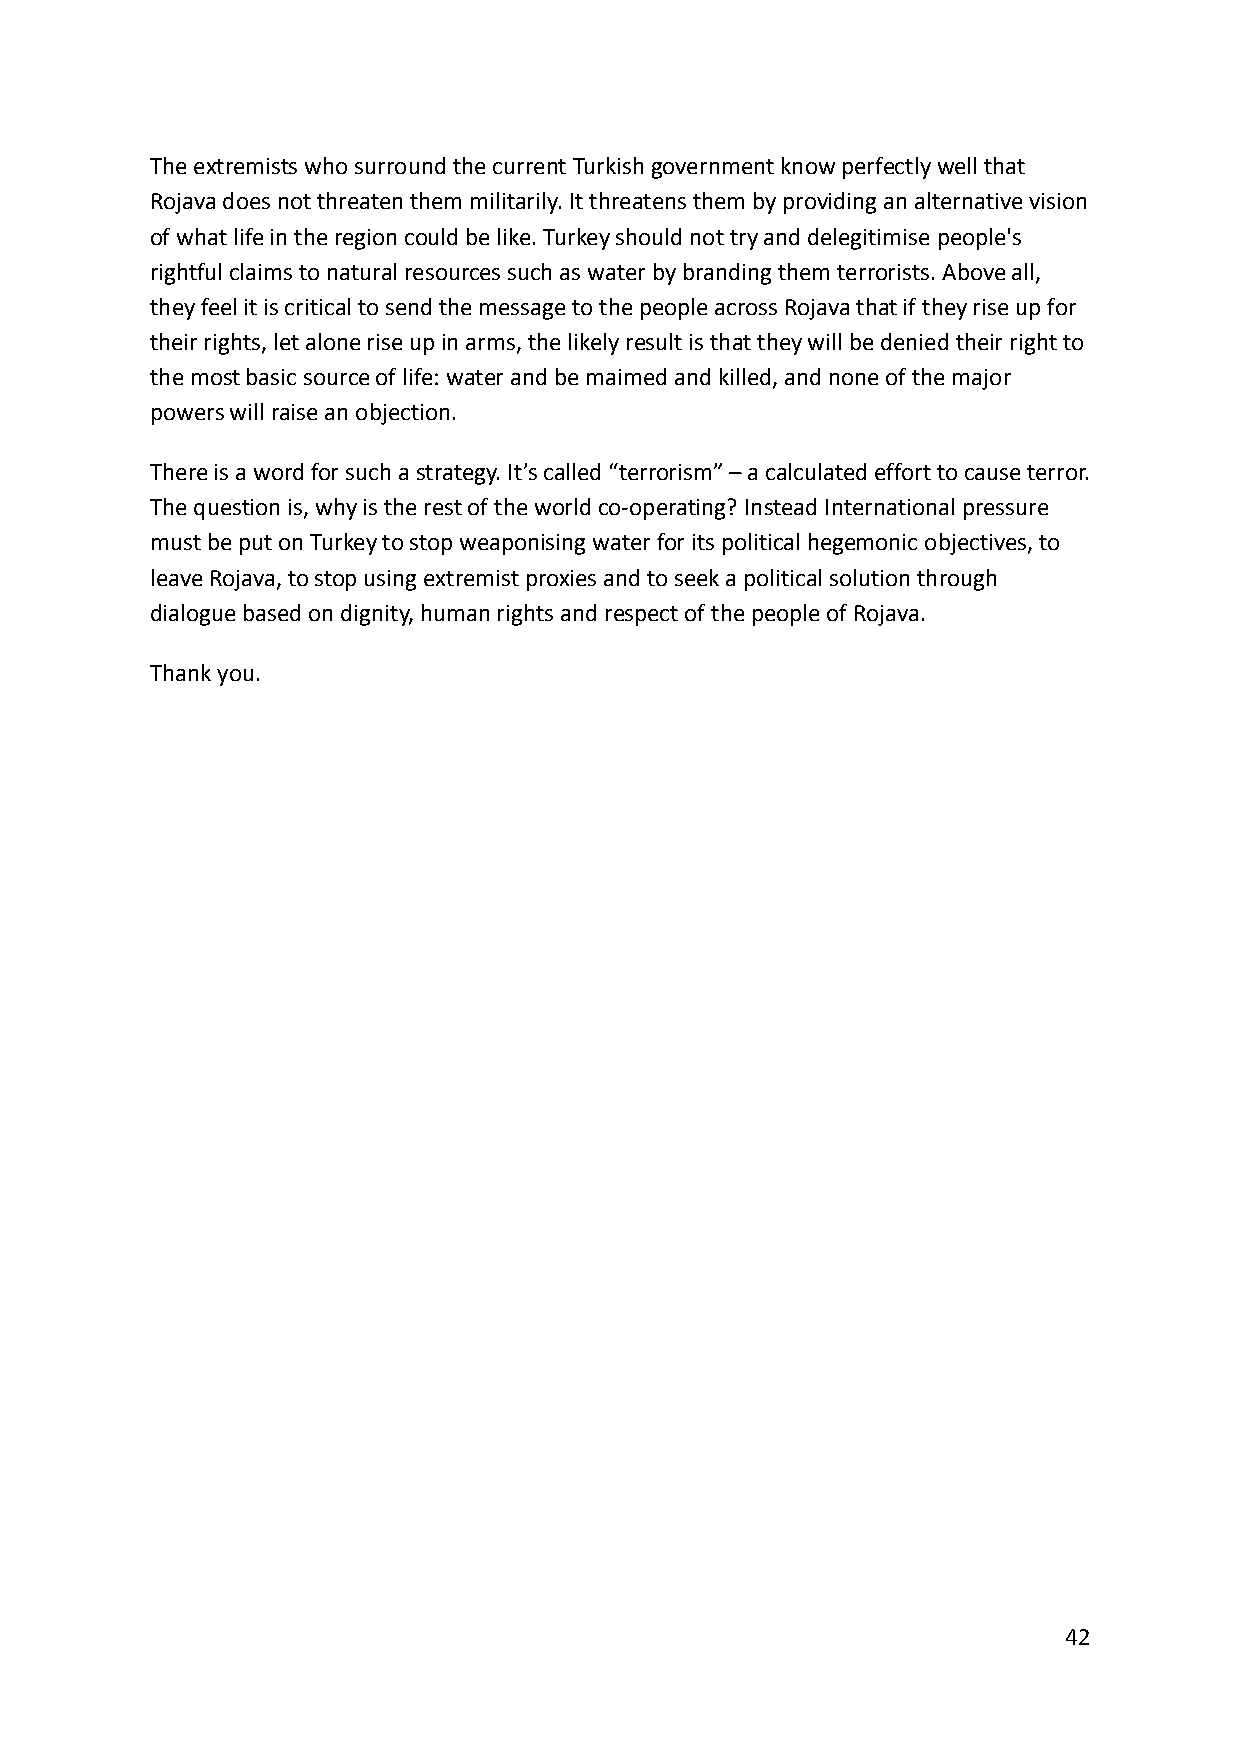
The extremists who surround the current Turkish government know perfectly well that
 Rojava does not threaten them militarily. It threatens them by providing an alternative vision
 of what life in the region could be like. Turkey should not try and delegitimise people's
 rightful claims to natural resources such as water by branding them terrorists. Above all,
 they feel it is critical to send the message to the people across Rojava that if they rise up for
 their rights, let alone rise up in arms, the likely result is that they will be denied their right to
 the most basic source of life: water and be maimed and killed, and none of the major
 powers will raise an objection.
 There is a word for such a strategy. It’s called “terrorism” – a calculated effort to cause terror.
 The question is, why is the rest of the world co-operating? Instead International pressure
 must be put on Turkey to stop weaponising water for its political hegemonic objectives, to
 leave Rojava, to stop using extremist proxies and to seek a political solution through
 dialogue based on dignity, human rights and respect of the people of Rojava.
 Thank you.
 42